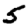
Digit: 5